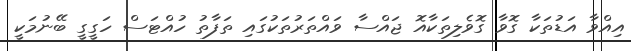
އިއްވާ އަޑުތަކާ ގޮވާ ގޮވެލިތަކާއޮ ޖައްސާ ވައްތަރުތަކުގައި ތަފާތު ހުއްޓަސް ހަގީގީ ބޭނުމަކީ